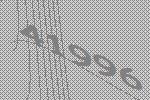
41996